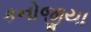
કનોજીયા